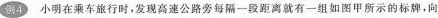
例4 小明在乘车旅行时，发现高速公路旁每隔一段距离就有一组如图甲所示的标牌，向